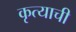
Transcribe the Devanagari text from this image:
कृत्याची